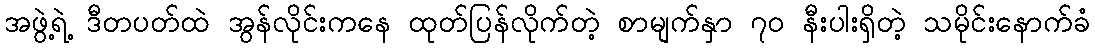
အဖွဲ့ရဲ့ ဒီတပတ်ထဲ အွန်လိုင်းကနေ ထုတ်ပြန်လိုက်တဲ့ စာမျက်နှာ ၇ဝ နီးပါးရှိတဲ့ သမိုင်းနောက်ခံ